Dysentery in Hazaribagh Central Jail - Number 52
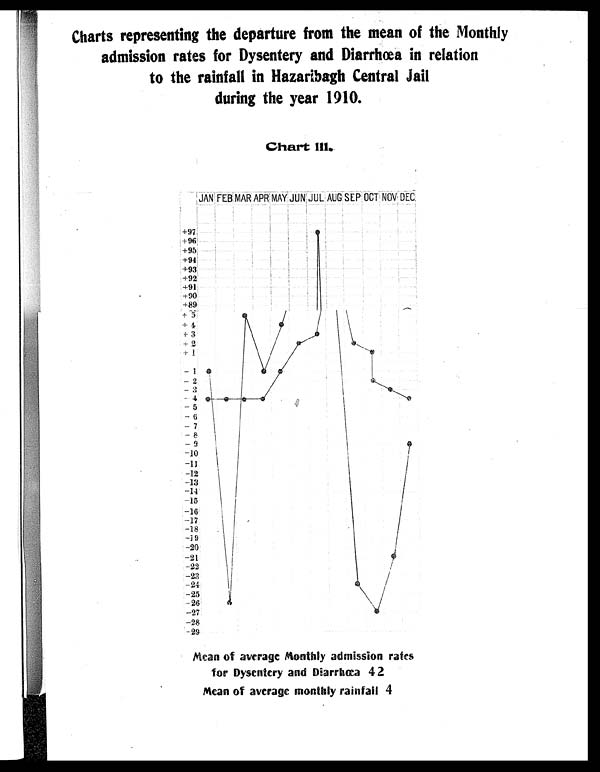
Charts representing the departure from the mean of the Monthly
admission rates for Dysentery and Diarrhœa in relation
to the rainfall in Hazaribagh Central Jail
during the year 1910.
Chart Ill.
Mean of average Monthly admission rates
for Dysentery and Diarrhœa 42
Mean of average monthly rainfall 4